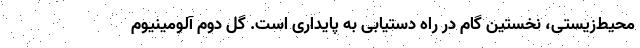
محیط‌زیستی، نخستین گام در راه دستیابی به پایداری است. گل دوم آلومینیوم